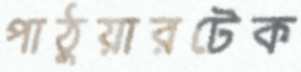
পাঠুয়ারটেক